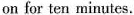
on for ten minutes.